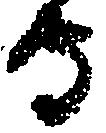
守